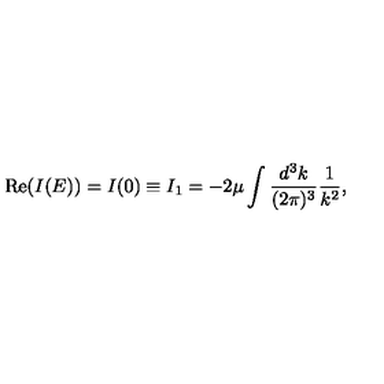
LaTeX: \mathrm { R e } ( I ( E ) ) = I ( 0 ) \equiv I _ { 1 } = - 2 \mu \int \frac { d ^ { 3 } k } { ( 2 \pi ) ^ { 3 } } \frac { 1 } { k ^ { 2 } } ,